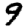
Digit: 9